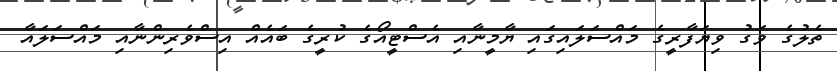
ތެލުގެ ވަގު ވިޔަފާރީގެ މައްސަލައިގައި ޔާމީނާއި އެސްޓީއޯގެ ކުރީގެ ބައެއް އިސްވެރިންނާއި މައްސަލައާ